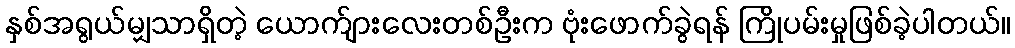
နှစ်အရွယ်မျှသာရှိတဲ့ ယောက်ျားလေးတစ်ဦးက ဗုံးဖောက်ခွဲရန် ကြိုပမ်းမှုဖြစ်ခဲ့ပါတယ်။